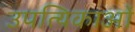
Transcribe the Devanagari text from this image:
उपत्यिकाओं